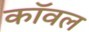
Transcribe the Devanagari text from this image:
कॉवल